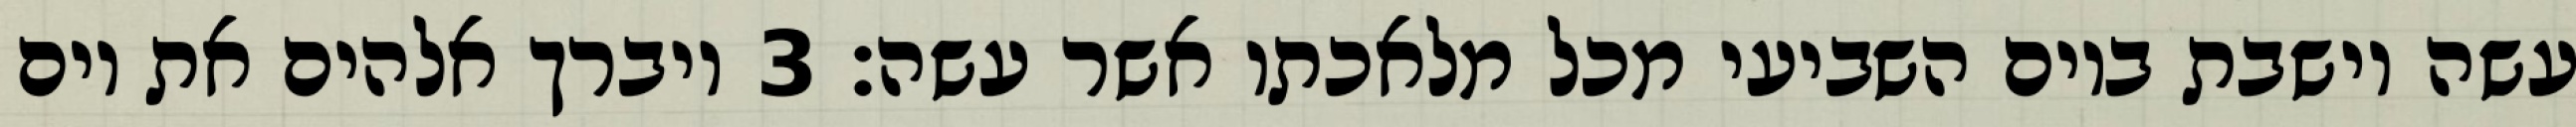
עשה וישבת ביום השביעי מכל מלאכתו אשר עשה׃ ‎3‏ ויברך אלהים את יום